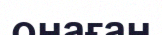
онаған